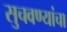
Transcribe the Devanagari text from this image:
सुचवण्यांचा